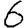
Digit: 6